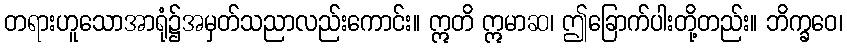
တရားဟူသောအာရုံ၌အမှတ်သညာလည်းကောင်း။ ဣတိ ဣမာဆ၊ ဤခြောက်ပါးတို့တည်း။ ဘိက္ခဝေ၊